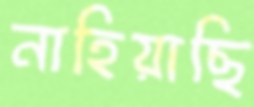
নাহিয়াছি